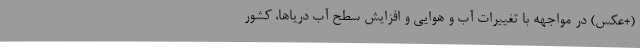
(+عکس) در مواجهه با تغییرات آب و هوایی و افزایش سطح آب دریاها، کشور